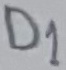
Text: D1